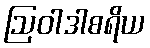
ဩဝါဒါစရိယ